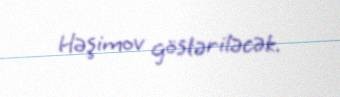
Həşimov göstəriləcək.